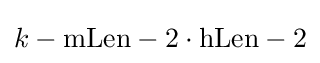
k-\mathrm {mLen} -2\cdot \mathrm {hLen} -2